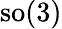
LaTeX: \operatorname{so}(3)